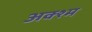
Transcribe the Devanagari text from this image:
अक्श्म